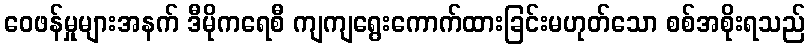
ဝေဖန်မှုများအနက် ဒီမိုကရေစီ ကျကျရွေးကောက်ထားခြင်းမဟုတ်သော စစ်အစိုးရသည်